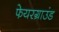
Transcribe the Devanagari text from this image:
फेयरग्राउंड